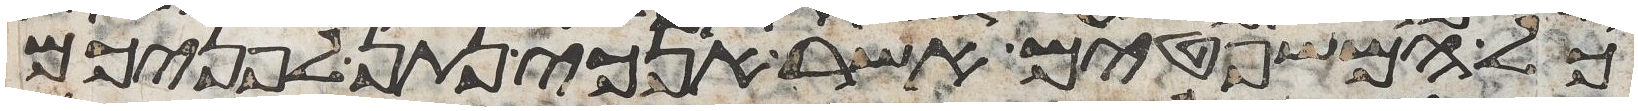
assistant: כל המשפטים אשר אנכי נתן לפניכם